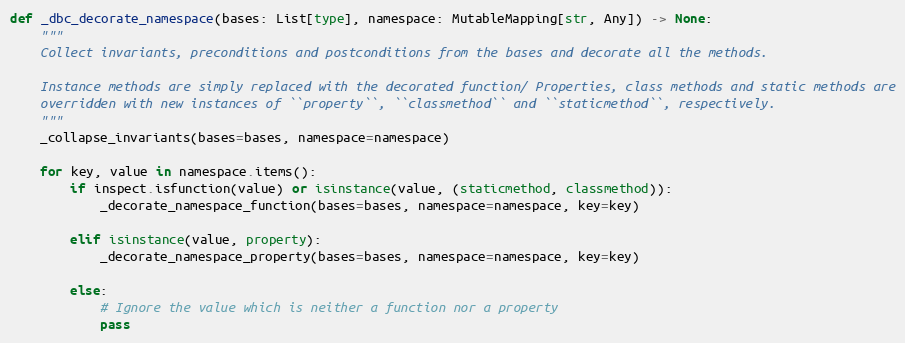
Language: Python
def _dbc_decorate_namespace(bases: List[type], namespace: MutableMapping[str, Any]) -> None:
    """
    Collect invariants, preconditions and postconditions from the bases and decorate all the methods.

    Instance methods are simply replaced with the decorated function/ Properties, class methods and static methods are
    overridden with new instances of ``property``, ``classmethod`` and ``staticmethod``, respectively.
    """
    _collapse_invariants(bases=bases, namespace=namespace)

    for key, value in namespace.items():
        if inspect.isfunction(value) or isinstance(value, (staticmethod, classmethod)):
            _decorate_namespace_function(bases=bases, namespace=namespace, key=key)

        elif isinstance(value, property):
            _decorate_namespace_property(bases=bases, namespace=namespace, key=key)

        else:
            # Ignore the value which is neither a function nor a property
            pass